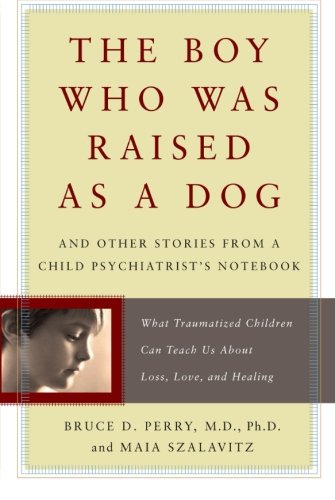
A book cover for The Boy Who Was Raised as a Dog: And Other Stories from a Child Psychiatrist's Notebook--What Traumatized Children Can Teach Us About Loss, Love, and Healing; Bruce Perry; Health, Fitness & Dieting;